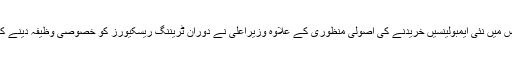
آج پنجاب ایمرجنسی کونسل کے اجلاس میں نئی ایمبولینسیں خریدنے کی اصولی منظوری کے علاوہ وزیراعلیٰ نے دوران ٹریننگ ریسکیورز کو خصوصی وظیفہ دینے کی اصولی منظوری بھی دے دی ہے ۔